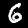
Digit: 6